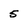
Character: 5